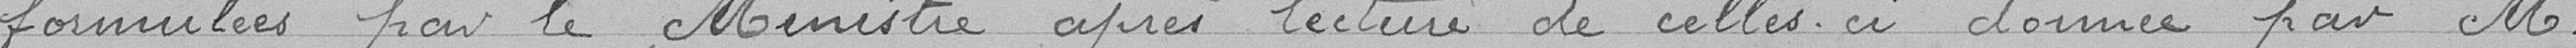
formulées par le Ministère après lecture de celles-ci donnée par M.